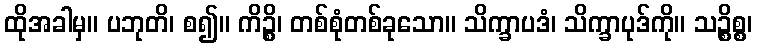
ထိုအခါမှ။ ပဘုတိ၊ စ၍။ ကိဉ္စိ၊ တစ်စုံတစ်ခုသော။ သိက္ခာပဒံ၊ သိက္ခာပုဒ်ကို။ သဉ္စိစ္စ၊